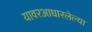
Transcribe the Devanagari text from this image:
यावरआधारलेल्या